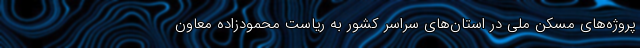
پروژه‌های مسکن ملی در استان‌های سراسر کشور به ریاست محمودزاده معاون